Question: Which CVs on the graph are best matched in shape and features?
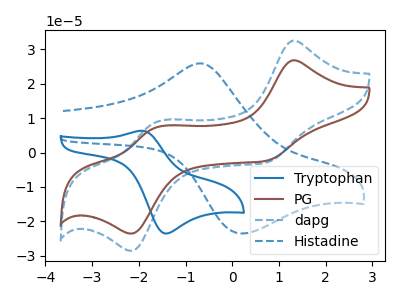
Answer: <think>The blue curve "Tryptophan" has an anodic peak at (-1.95V, 6.35uA) and a cathodic peak at (-1.45V, -23.50uA). The brown curve "PG" has anodic peaks at (1.30V, 26.80uA) (-1.65V, 7.20uA) and cathodic peaks at (0.75V, -2.30uA) (-2.15V, -23.50uA). The blue dashed curve "dapg" has anodic peaks at (1.30V, 32.50uA) (-1.65V, 8.75uA) and cathodic peaks at (0.75V, -2.75uA) (-2.15V, -28.50uA). The blue dashed curve "Histadine" has an anodic peak at (-0.70V, 25.90uA) and a cathodic peak at (0.20V, -23.50uA).
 "Tryptophan" and "PG" have a different number of peaks. "Tryptophan" and "dapg" have a different number of peaks. "Tryptophan" and "Histadine" have at least one peak that do not match. All the peaks in "PG" have a peak in "dapg" at the same potential. Every peak in "PG" is lower than every peak in "dapg". "PG" and "Histadine" have a different number of peaks. "dapg" and "Histadine" have a different number of peaks.</think>
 <answer>"PG" and "dapg" have the same shape and are likely CV's of the same chemical.</answer>
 <eval>"PG" "dapg"</eval>